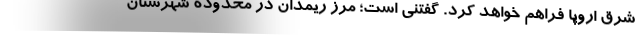
شرق اروپا فراهم خواهد کرد. گفتنی است؛ مرز ریمدان در محدوده شهرستان